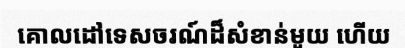
គោលដៅទេសចរណ៍ដ៏សំខាន់មួយ ហើយ